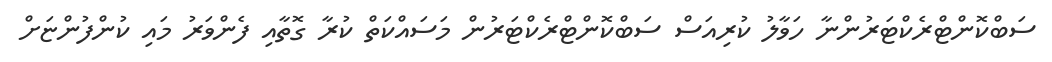
ސަބްކޮންޓްރެކްޓަރުންނާ ހަވާލު ކުރިއަސް ސަބްކޮންޓްރެކްޓަރުން މަސައްކަތް ކުރާ ގޮތާއި ފެންވަރު މައި ކުންފުންޏަށް